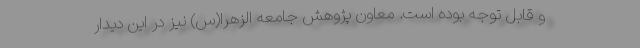
و قابل توجه بوده است. معاون پژوهش جامعه الزهرا(س) نیز در این دیدار